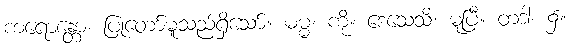
ကရောန္တော၊ ပြုတော်မူသည်ရှိသော်။ ဓမ္မံ၊ ကို။ ဒေသေသိ၊ မူပြီ။ တဒါ၊ ၌။